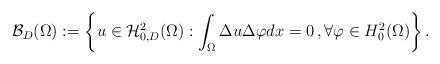
LaTeX: \begin{align*}\mathcal B_D(\Omega):=\left\{u\in \mathcal H^2_{0,D}(\Omega):\int_{\Omega}\Delta u\Delta\varphi dx=0\,,\forall\varphi\in H^2_0(\Omega)\right\}.\end{align*}